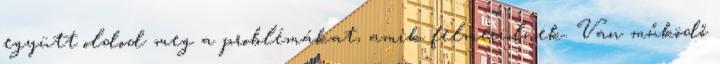
együtt oldod meg a problémákat, amik felmerülnek. Van működő